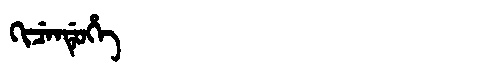
Manchu: ᡴᡳᠴᡝᠨᡩᡠᡥᡝ
Romanization: KICENDUHE